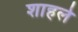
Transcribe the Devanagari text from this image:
शाहले